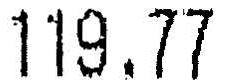
119.77